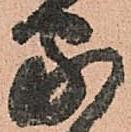
家